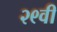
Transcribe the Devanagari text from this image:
२९वी